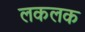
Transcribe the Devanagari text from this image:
लकलक